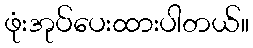
ဖုံးအုပ်ပေးထားပါတယ်။